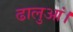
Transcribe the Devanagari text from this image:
ढालुआं।